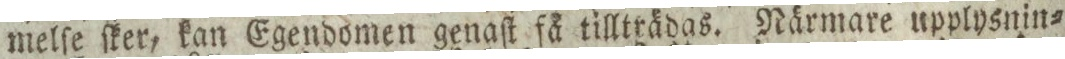
melſe ſker, kan Egendomen genaſt få tillträdas. Närmare upplysnin=